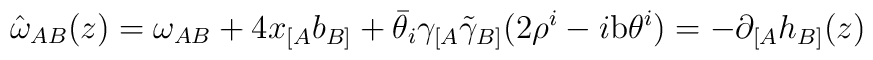
\hat{\omega}_{AB}(z)=\omega_{AB}+4x_{[A}b_{B]}+\bar{\theta}_{i}\gamma_{[A}\tilde{\gamma}_{B]}(2\rho^{i}-i{\rm b}\theta^{i})=-\partial_{[A}h_{B]}(z)